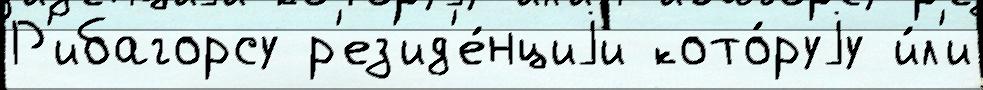
Р'ибагорсу р'ез'ид'е́нциjи кото́руjу и́л'и